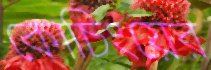
কোচিংয়ের